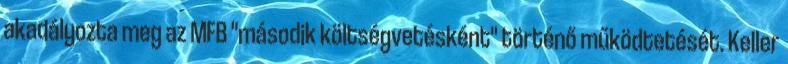
akadályozta meg az MFB "második költségvetésként" történő működtetését. Keller